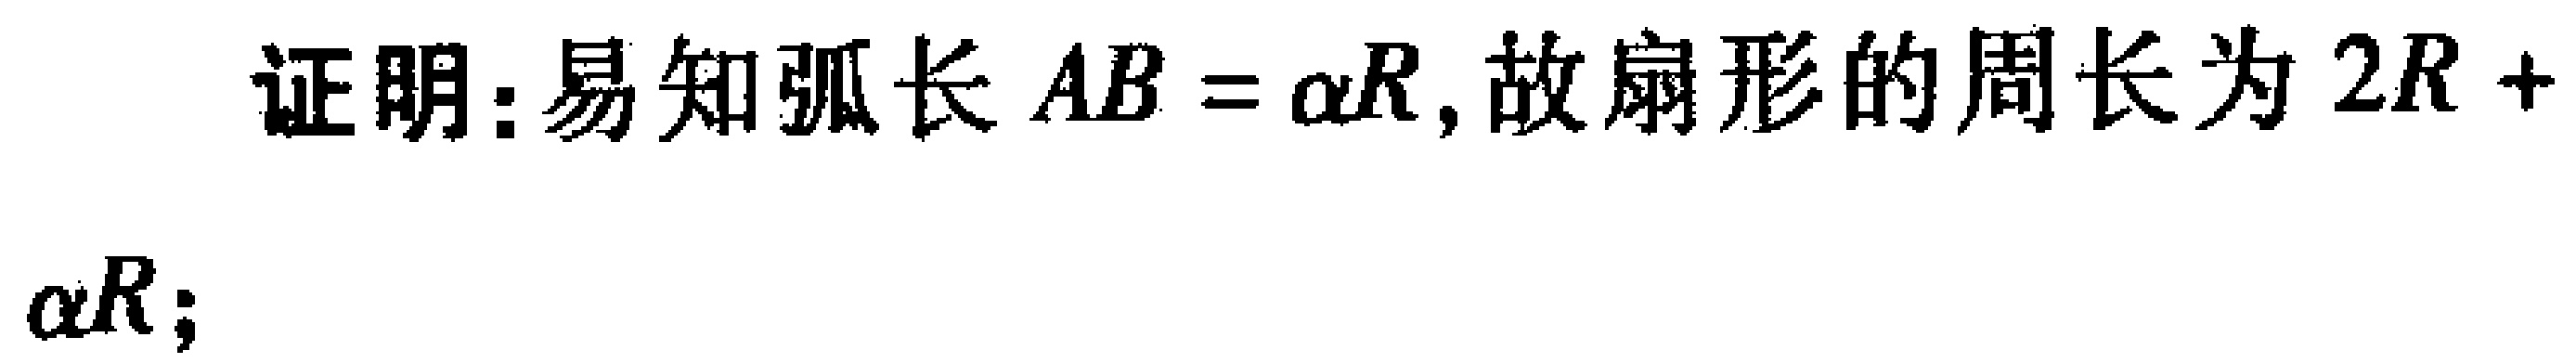
证明：易知弧长 \(AB = \alpha R\)，故扇形的周长为 \(2R + \alpha R\)；